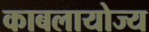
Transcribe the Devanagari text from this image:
काबलायोज्य